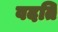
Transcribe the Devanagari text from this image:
वदति